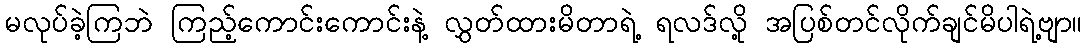
မလုပ်ခဲ့ကြဘဲ ကြည့်ကောင်းကောင်းနဲ့ လွှတ်ထားမိတာရဲ့ ရလဒ်လို့ အပြစ်တင်လိုက်ချင်မိပါရဲ့ဗျာ။